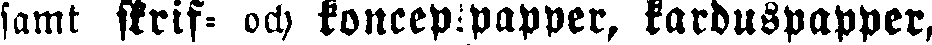
samt skrif- och konceptpapper, karduspapper,